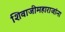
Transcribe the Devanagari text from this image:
शिवाजीमहाराजांना